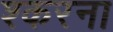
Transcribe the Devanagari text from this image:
श्करना